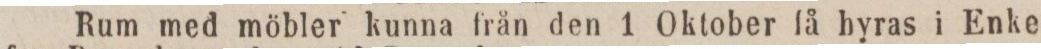
Rum med möbler kunna från den 1 Oktober få hyras i Enke-